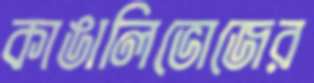
কাঙালিভোজের